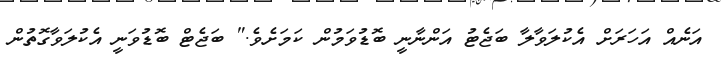
އަނެއް އަހަރަށް އެކުލަވާލާ ބަޖެޓު އަންނާނީ ބޮޑުވަމުން ކަމަށެވެ." ބަޖެޓް ބޮޑުވަނީ އެކުލަވާގޮތުން